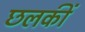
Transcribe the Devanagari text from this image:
छलकीं